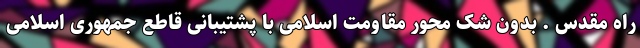
راه مقدس . بدون شک محور مقاومت اسلامی با پشتیبانی قاطع جمهوری اسلامی